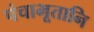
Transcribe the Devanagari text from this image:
पंचाभूतानि